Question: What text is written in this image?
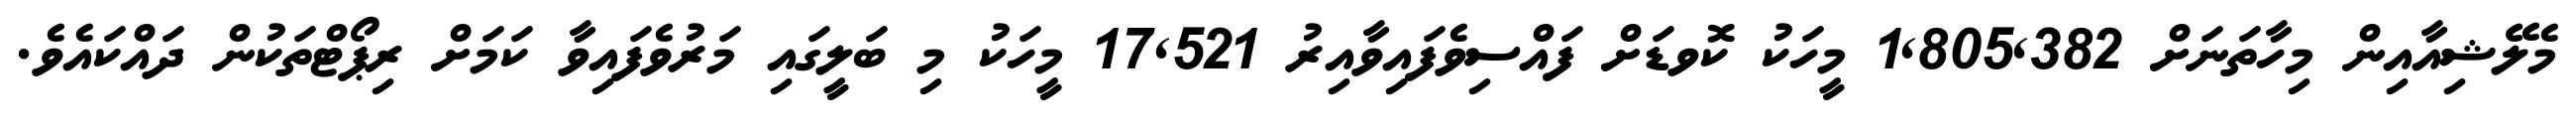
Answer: މެލޭޝިއާއިން މިހާތަނަށް 1,805,382 މީހަކު ކޮވޑަށް ފައްސިވެފައިވާއިރު 17,521 މީހަކު މި ބަލީގައި މަރުވެފައިވާ ކަމަށް ރިޕޯޓްތަކުން ދައްކައެވެ.